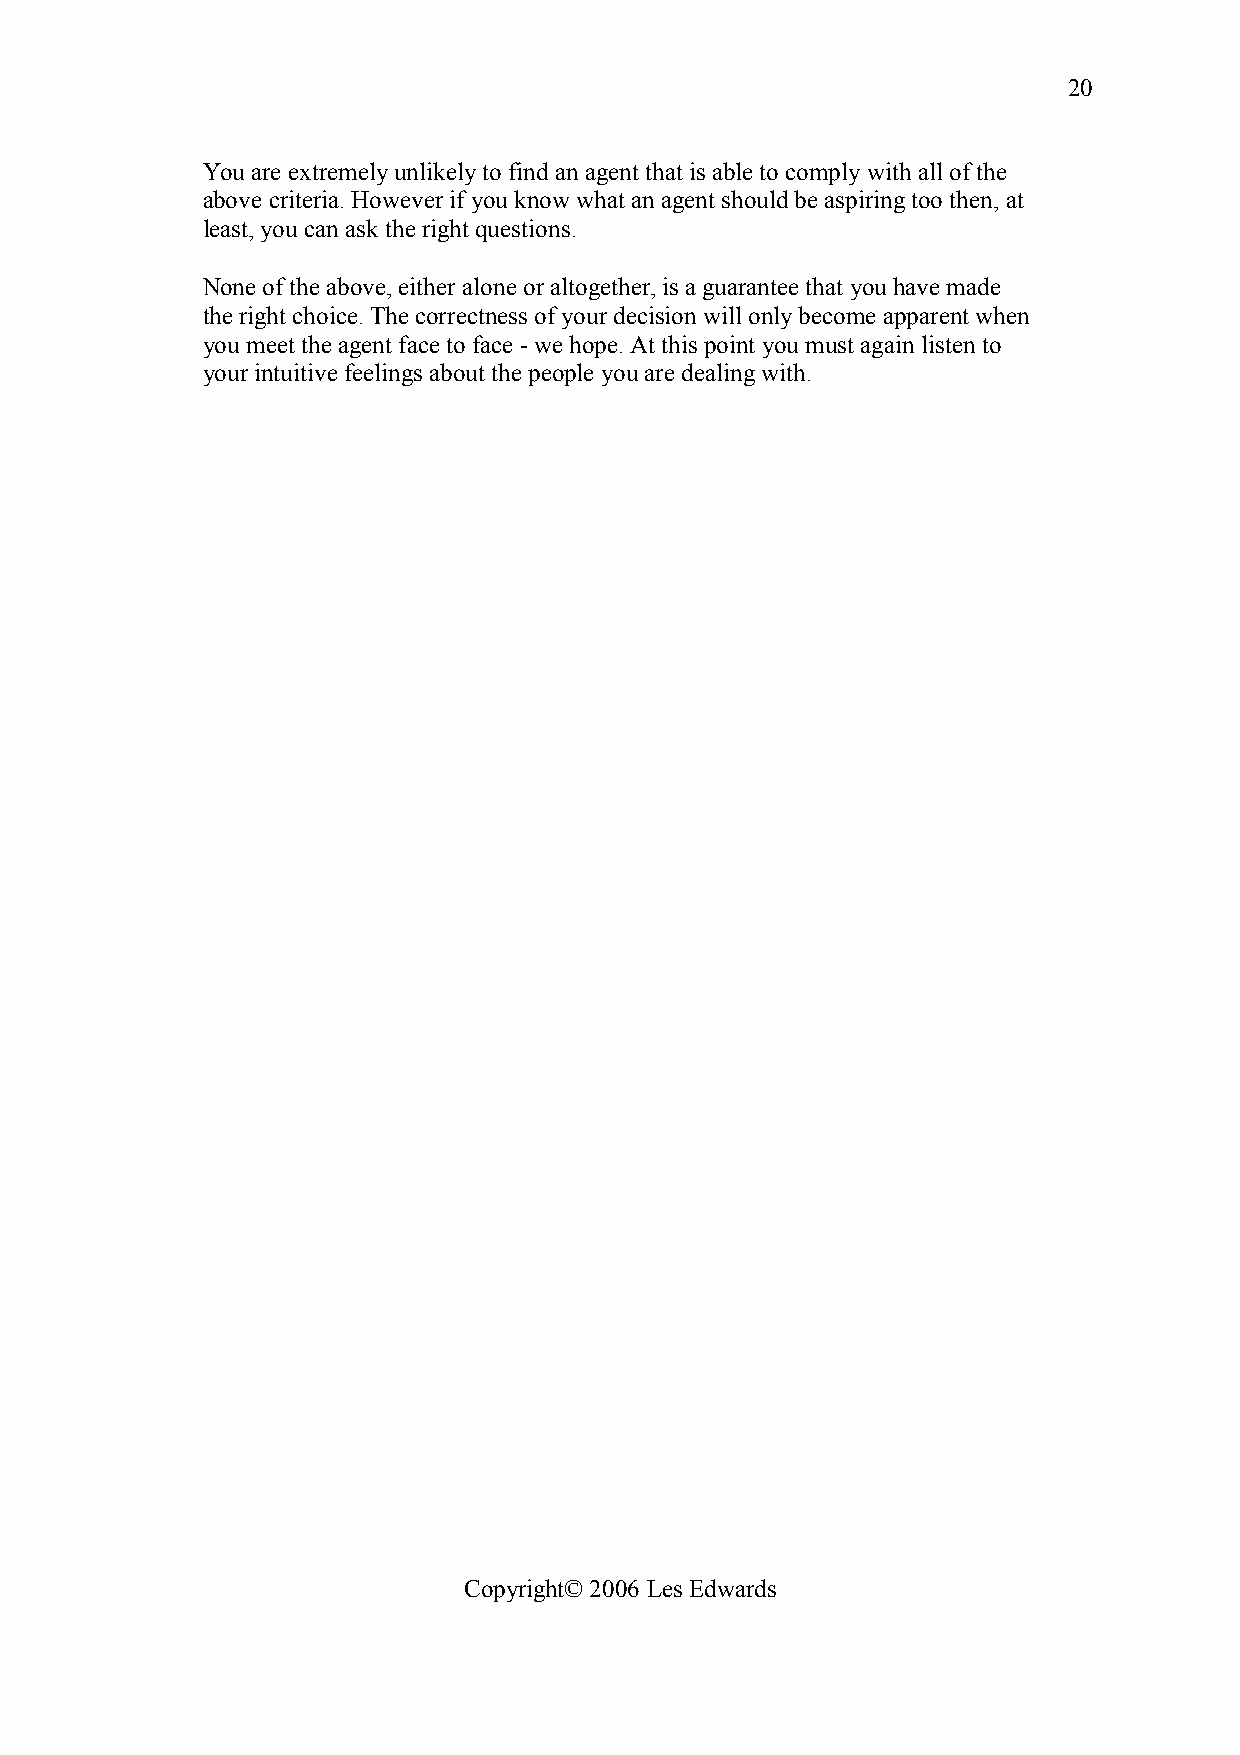
20
 You are extremely unlikely to find an agent that is able to comply with all of the
 above criteria. However if you know what an agent should be aspiring too then, at
 least, you can ask the right questions.
 None of the above, either alone or altogether, is a guarantee that you have made
 the right choice. The correctness of your decision will only become apparent when
 you meet the agent face to face - we hope. At this point you must again listen to
 your intuitive feelings about the people you are dealing with.
 Copyright© 2006 Les Edwards